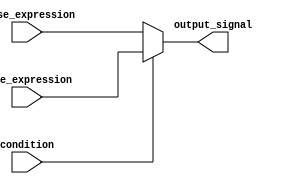
module conditional_operator (
    input wire condition,
    input wire true_expression,
    input wire false_expression,
    output reg output_signal
);

always @(*)
begin
    output_signal = (condition) ? true_expression : false_expression;
end

endmodule